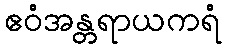
ဧဝံအန္တရာယကရံ